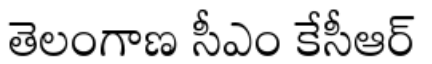
తెలంగాణ సీఎం కేసీఆర్